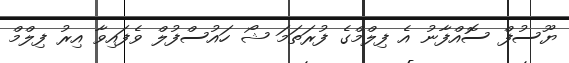
ޔޫސުފް ސޮއްފާނު އެ ފިލްމްގެ ފުރަތަމަ ޝޯ ހައުސްފުލް ވެފައިވާ އިރު ފިލްމް